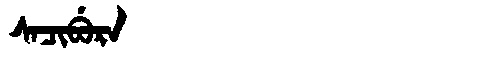
Manchu: ᠰᠠᠴᡳᠪᡠᡵᠠ
Romanization: SACIBURA